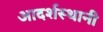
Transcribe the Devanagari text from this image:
आदर्शस्थानी